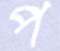
প